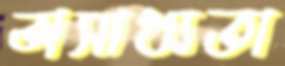
অসাধ্যতা